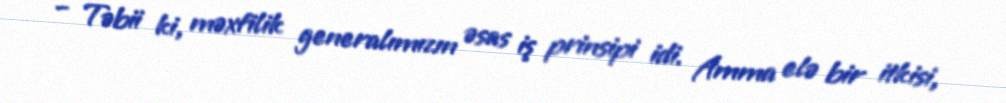
– Təbii ki, məxfilik generalımızın əsas iş prinsipi idi. Amma elə bir itkisi,